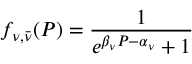
f _ { \nu , \bar { \nu } } ( { \cal P } ) = \frac { 1 } { e ^ { \beta _ { \nu } { \cal P } - \alpha _ { \nu } } + 1 }